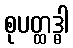
စုပတ္ထဒ္ဓါ